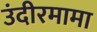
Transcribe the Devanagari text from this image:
उंदीरमामा